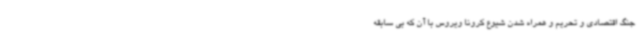
جنگ اقتصادی و تحریم و همراه شدن شیوع کرونا ویروس با آن که بی سابقه